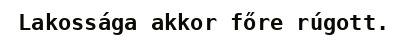
Lakossága akkor főre rúgott.